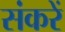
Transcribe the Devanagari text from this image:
संकरें